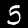
Digit: 5